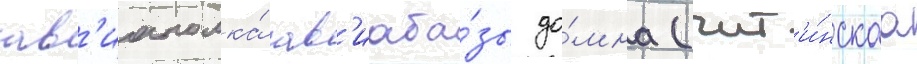
ав'иаполка́ ав'иаба́зы до́мна (чит'и́нскаа